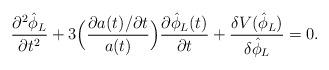
LaTeX: \begin{align*}\frac{\partial^2 \hat{\phi}_L}{\partial t^2}+ 3 \Bigl(\frac{\partial a(t) / \partial t}{a(t)} \Bigr)\frac{\partial \hat{\phi}_L (t)}{\partial t} + \frac{\delta V(\hat{\phi}_L)}{\delta \hat{\phi}_L } = 0.\end{align*}